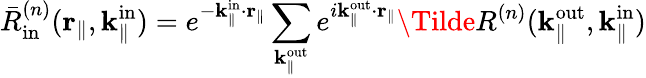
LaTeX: \bar{R}_{\mathrm{in}}^{(n)}(\mathbf{r}_{\parallel},\mathbf{k}_{\parallel}^{\mathrm{in}})=e^{-\mathbf{k}_{\parallel}^{\mathrm{in}}\cdot\mathbf{r}_{\parallel}}\sum_{\mathbf{k}_{\parallel}^{\mathrm{out}}}e^{i\mathbf{k}_{\parallel}^{\mathrm{out}}\cdot\mathbf{r}_{\parallel}}\Tilde{R}^{(n)}({\mathbf{k}_{\parallel}^{\mathrm{out}}},\mathbf{k}_{\parallel}^{\mathrm{in}})